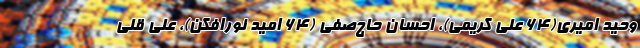
وحید امیری(۶۴ علی کریمی)، احسان حاج‌صفی (۶۴ امید نورافکن)، علی قلی